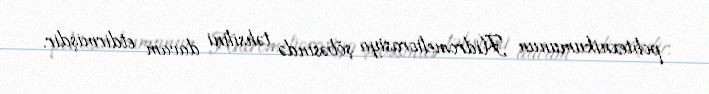
politexnikumunun Hidromeliorasiya şöbəsində təhsilini davam etdirmişdir.